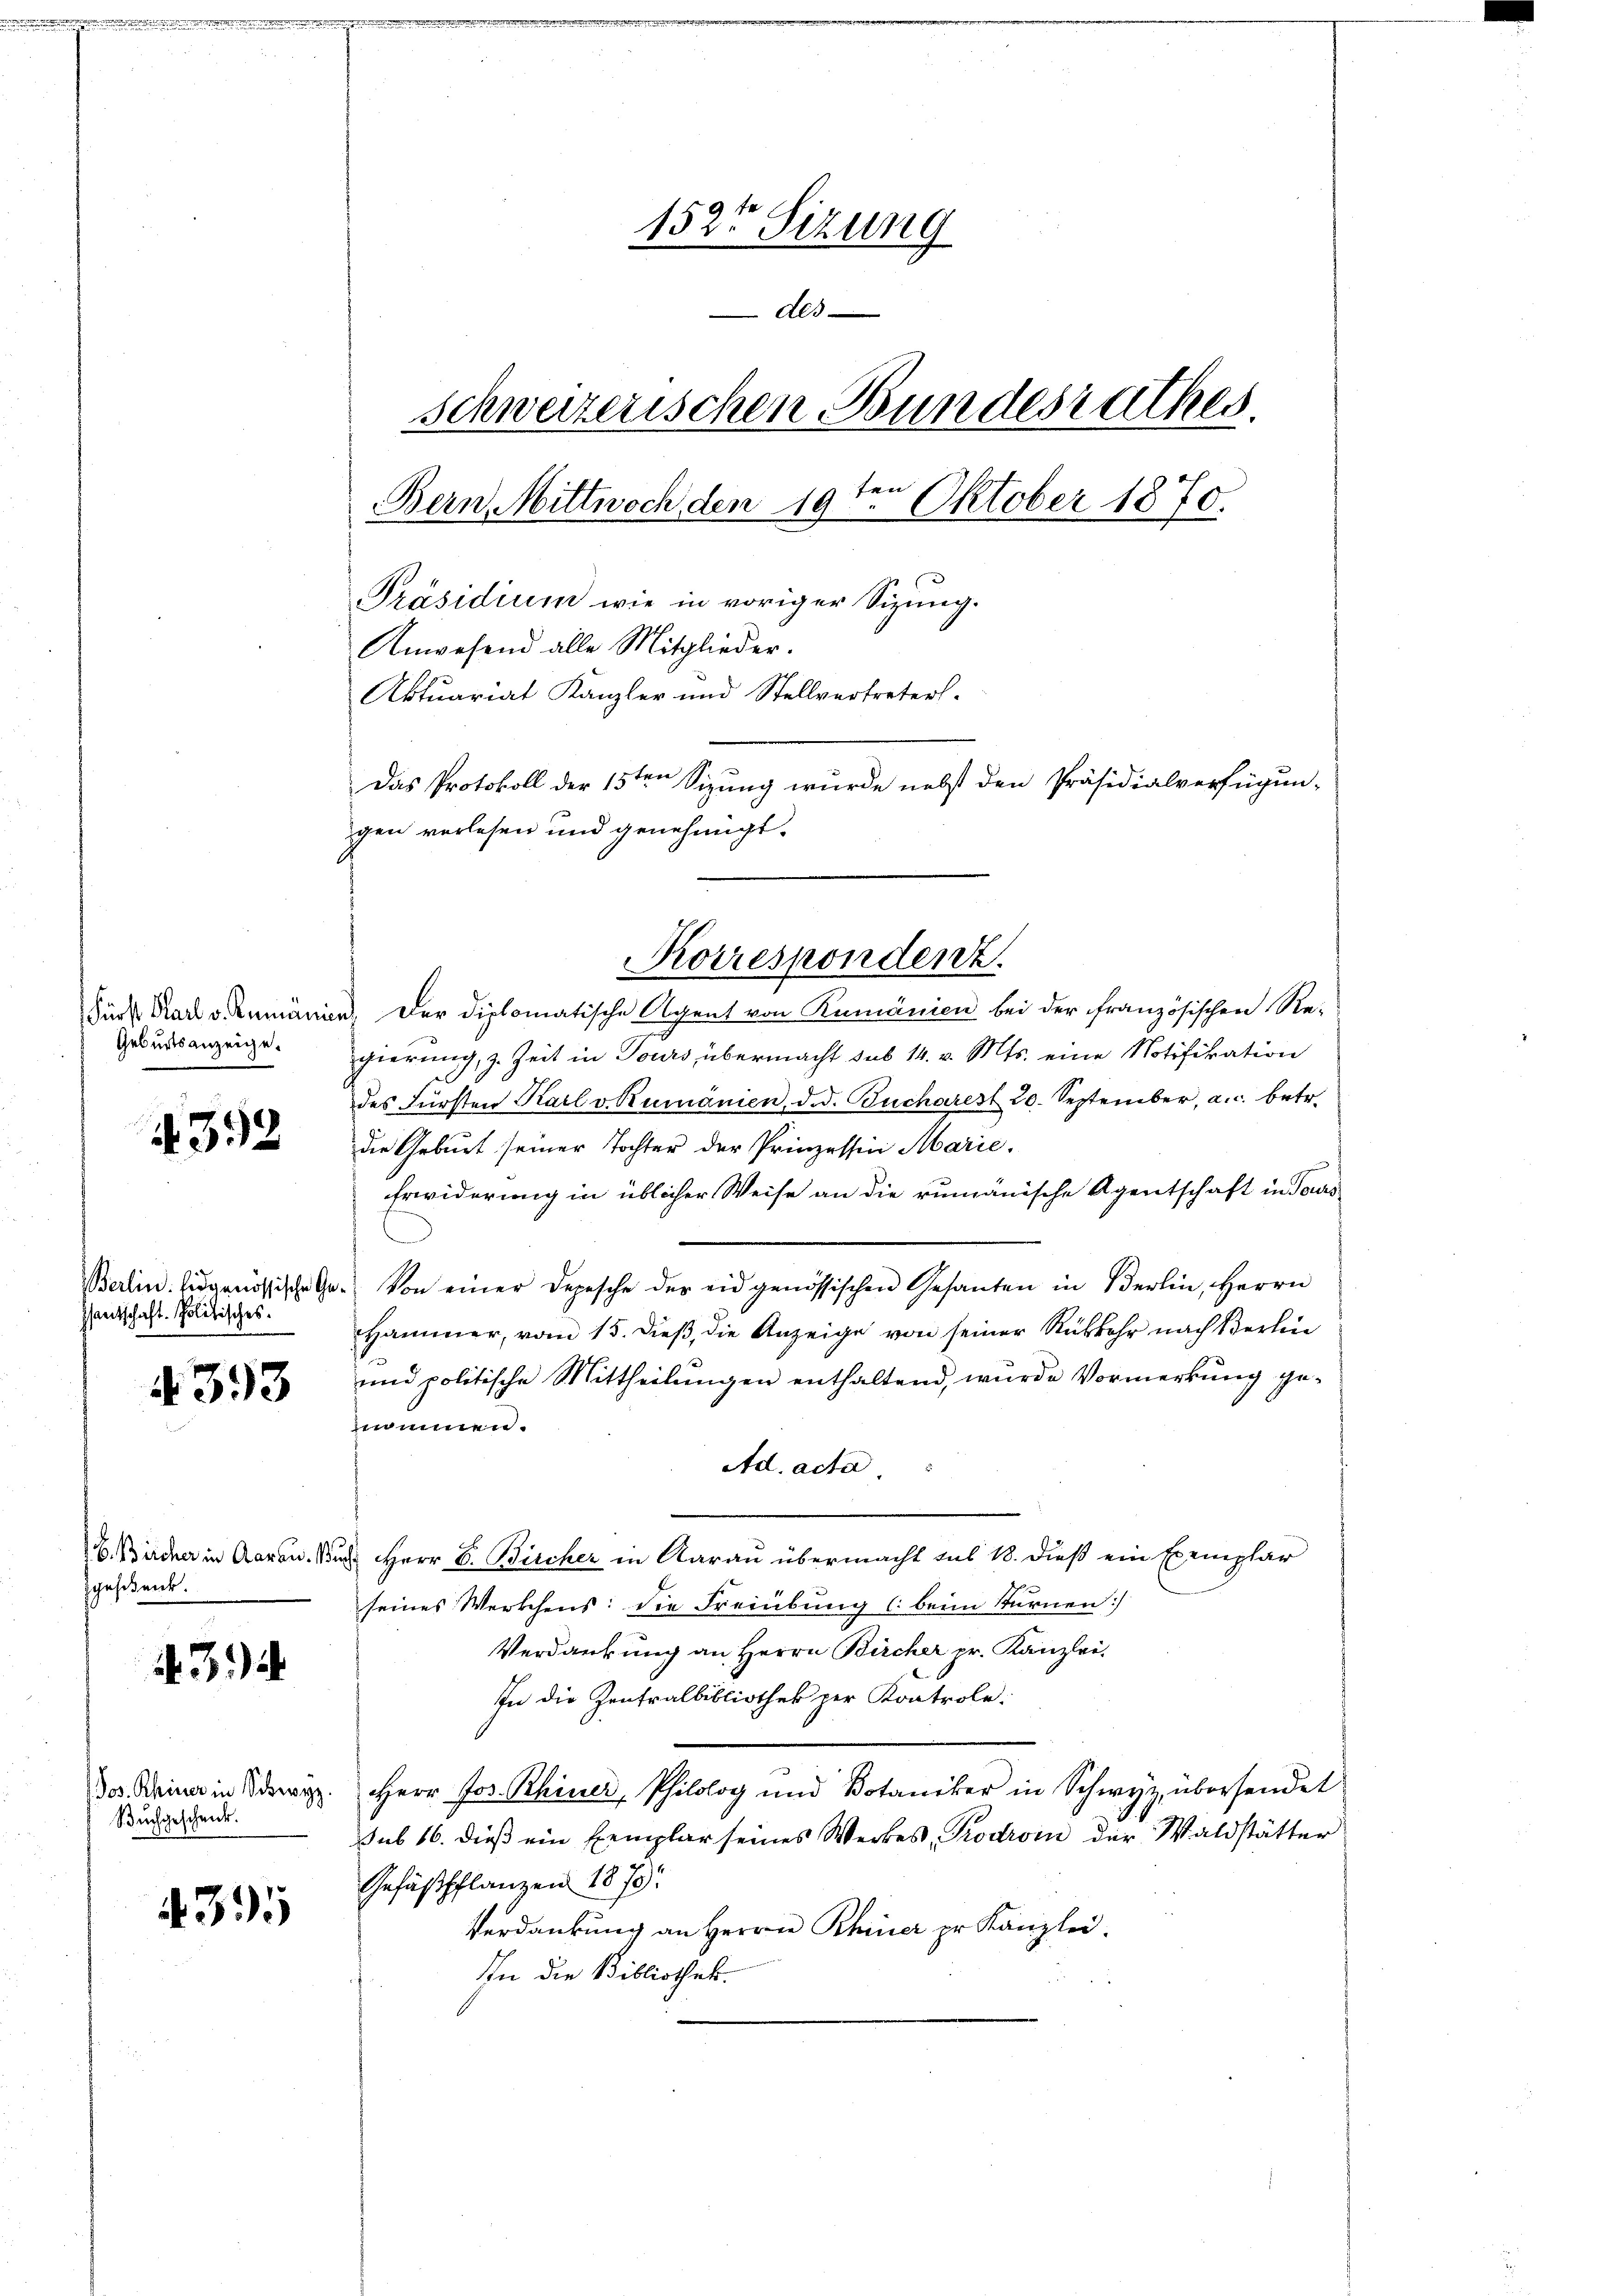
Fürst Karl v. Kumanis
Geburtsanzeige.

4392

Berlin. Eidgenössische Geentschaft. Politisches.

4393

B. Bircher in Aarau. Bur
gesehen.

434

Jos. Rheiner in Schwyz.
Buchgeschenk.

435

152te Sizung
Als
schweizerischen Bundesrathes.
Bern, Mittwoch den 19ten Oktober 1870.
Präsidium wie in voriger Sizung.
Anwesend alle Mitglieder.
Aktuariat Kanzler und Stellvertreters-
Das Protokoll der 15ten Sizung wurde nebst den Präsidialverfügun-
gen vorlesen und genehmigt.

. Der diplomatische Agent von Rumänien bei der französischen Re-
gierung, z. Zeit in Tours, übermacht sub 14. v. Mts. eine Notifikation
des Fürsten Karl v. Rumänien, d. d. Bucharest 20. September, a.c. betr.
die Geburt seiner Tochter der Prinzessin Marie.
Erwiderung in üblicher Weise an die rumänische Agentschaft in Feuers-
e
Von einer Depesche der eidgenössischen Gesanten in Berlin, Herrn
Hammer, vom 15. dieß, die Anzeige von seiner Rükkehr nach Berlin
und politische Mittheilungen enthaltend, wurde Vormerkung genommen.
Ad. acta
n
u Herr P. Bircher in Aarau übermacht sub 18. dieß ein Exemplar
seines Werkchens: die Freibung l. beim Kernen
Verdankung an Herrn Bircher pr. Kanzlei-
In die Zentralbibliothek per Kontrole:
Herr Jos. Rhiner, Philolog und Votaniker in Schwyz übersendet
sub 16. dieβ ein Exemplar seines Werkes Prodroin der Waldstätter
Gefäßpflanzen 1870
Verdankung an Herrn Rhiner pr. Kanzlei.
Ihn die Bibliothek.

Korrespondenz.